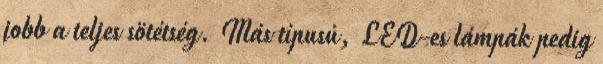
jobb a teljes sötétség. Más típusú, LED-es lámpák pedig